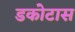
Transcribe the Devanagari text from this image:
डकोटास